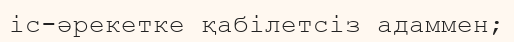
іс-әрекетке қабілетсіз адаммен;